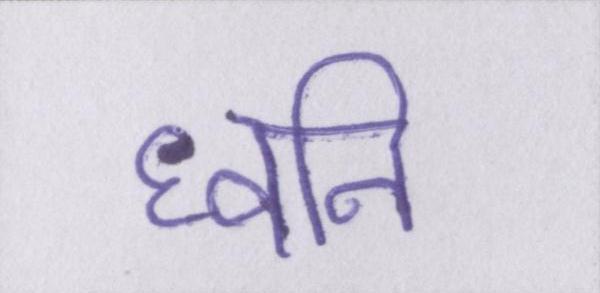
घ्वनि